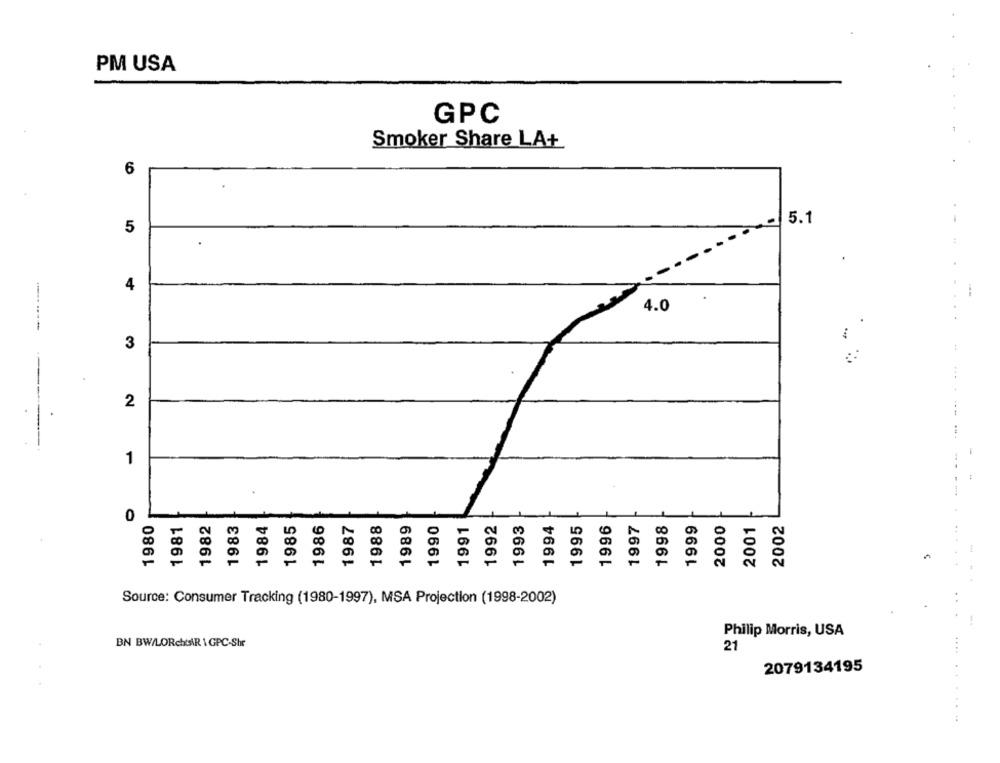
PM USA
GPC
Smoker Share LA+
6
5.1
5
4
.
4.0
3
2
1
0
1980
1981
1982
1983
1984
1985
1988
1989
1990
1991
1992
1993
1994
1995
1996
1997
1998
1999
2000
2001
2002
1986
1987
LD
Source: Consumer Tracking (1980-1997), MSA Projection (1998-2002)
--
Philip Morris, USA
.....
BN BW/LORcht\R \GPC-Shr
21
2079134195
....